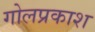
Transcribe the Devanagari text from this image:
गोलप्रकाश